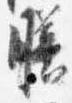
膳